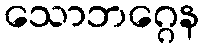
သောဘဂ္ဂေန